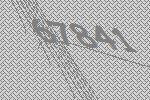
67841